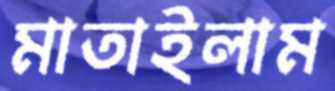
মাতাইলাম